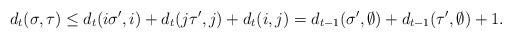
LaTeX: \begin{align*}d_{t}(\sigma ,\tau )\leq d_{t}(i\sigma ^{\prime },i)+d_{t}(j\tau ^{\prime},j)+d_{t}(i,j)=d_{t-1}(\sigma ^{\prime },\emptyset )+d_{t-1}(\tau ^{\prime},\emptyset )+1. \end{align*}